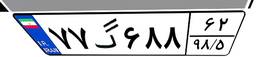
۷۷گ۶۸۸۶۲